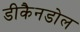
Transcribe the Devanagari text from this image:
डीकैनडोल